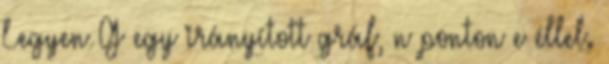
Legyen G egy irányított gráf, n ponton e éllel.